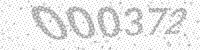
Solution: 000372